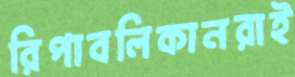
রিপাবলিকানরাই